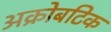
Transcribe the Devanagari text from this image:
अक्रोबटिक